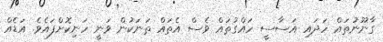
ގާނޫނުތައް ހަދައި އަސާސީ ހައްގުތައް ވެސް އެތައް ތަނަކުން ވަނީ ހަނިކޮށްފައެވެ. އަޑެއް